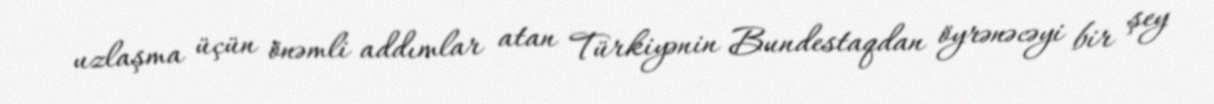
uzlaşma üçün önəmli addımlar atan Türkiyənin Bundestaqdan öyrənəcəyi bir şey